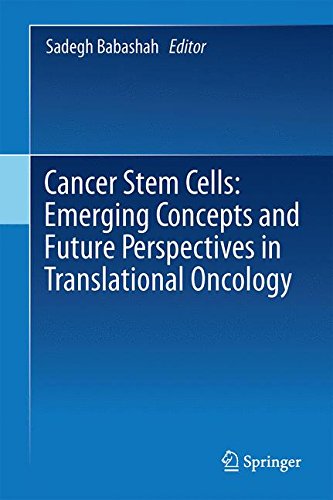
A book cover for Cancer Stem Cells: Emerging Concepts and Future Perspectives in Translational Oncology; Medical Books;